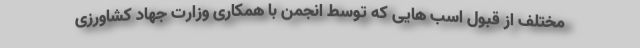
مختلف از قبول اسب هایی که توسط انجمن با همکاری وزارت جهاد کشاورزی